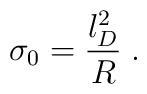
\sigma_0 = \frac{l_D^2}{R} \; .